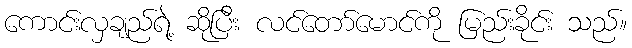
ကောင်းလှချည်ရဲ့ ဆိုပြီး လင်တော်မောင်ကို မြည်းခိုင်း သည်။